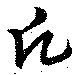
氏